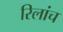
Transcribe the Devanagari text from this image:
रिलांच